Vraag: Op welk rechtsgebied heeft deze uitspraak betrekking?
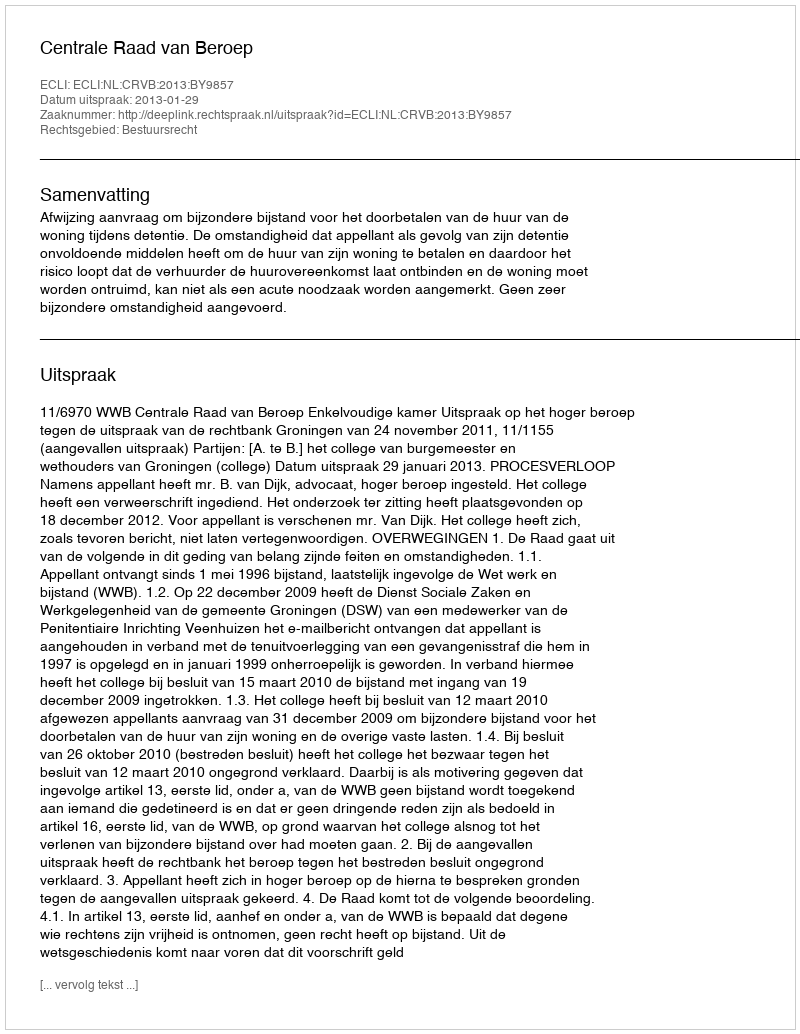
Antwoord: Bestuursrecht